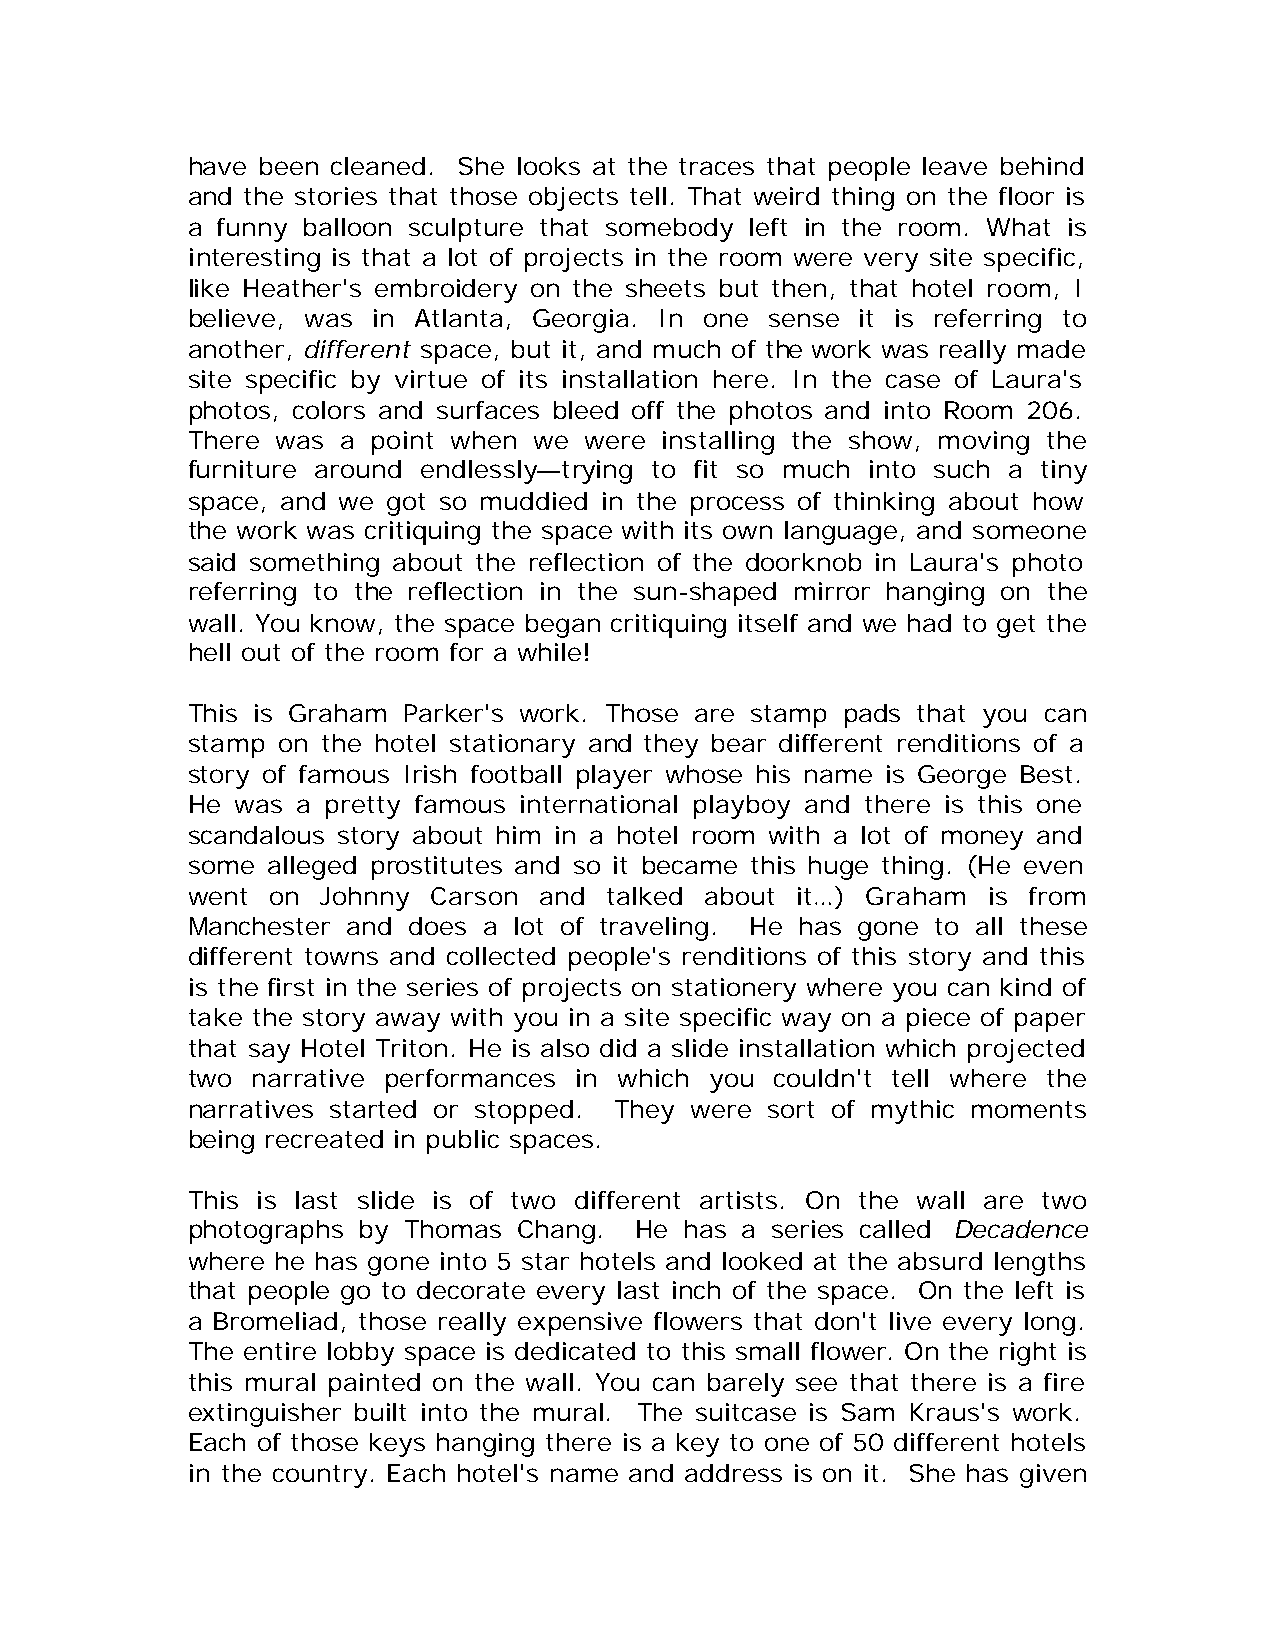
have been cleaned. She looks at the traces that people leave behind
 and the stories that those objects tell. That weird thing on the floor is
 a funny balloon sculpture that somebody left in the room. What is
 interesting is that a lot of projects in the room were very site specific,
 like Heather's embroidery on the sheets but then, that hotel room, I
 believe, was in Atlanta, Georgia. In one sense it is referring to
 another, different space, but it, and much of the work was really made
 site specific by virtue of its installation here. In the case of Laura's
 photos, colors and surfaces bleed off the photos and into Room 206.
 There was  a point when we were installing the show, moving the
 furniture around endlessly—trying to fit so much into such a tiny
 space, and we got so muddied in the process of thinking about how
 the work was critiquing the space with its own language, and someone
 said something about the reflection of the doorknob in Laura's photo
 referring to the reflection in the sun-shaped mirror hanging on the
 wall. You know, the space began critiquing itself and we had to get the
 hell out of the room for a while!
 This is Graham Parker's work. Those are stamp pads that you can
 stamp on the hotel stationary and they bear different renditions of a
 story of famous Irish football player whose his name is George Best.
 He  was a pretty famous international playboy and there is this one
 scandalous story about him in a hotel room with a lot of money and
 some  alleged prostitutes and so it became this huge thing. (He even
 went  on Johnny  Carson and talked about it…) Graham is from
 Manchester and does a lot of traveling. He has gone to all these
 different towns and collected people's renditions of this story and this
 is the first in the series of projects on stationery where you can kind of
 take the story away with you in a site specific way on a piece of paper
 that say Hotel Triton. He is also did a slide installation which projected
 two  narrative performances in which you couldn't tell where the
 narratives started or stopped. They were sort of mythic moments
 being recreated in public spaces.
 This is last slide is of two different artists. On the wall are two
 photographs by Thomas Chang.  He has a series called Decadence
 where he has gone into 5 star hotels and looked at the absurd lengths
 that people go to decorate every last inch of the space. On the left is
 a Bromeliad, those really expensive flowers that don't live every long.
 The entire lobby space is dedicated to this small flower. On the right is
 this mural painted on the wall. You can barely see that there is a fire
 extinguisher built into the mural. The suitcase is Sam Kraus's work.
 Each of those keys hanging there is a key to one of 50 different hotels
 in the country. Each hotel's name and address is on it. She has given